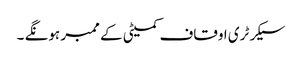
سیکرٹری اوقاف کمیٹی کے ممبر ہونگے ۔